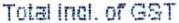
TOTAL INCL. OF GST